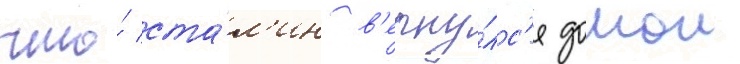
что́ ста́л'ин в'ерну́лс'я домои